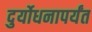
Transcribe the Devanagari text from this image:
दुर्योधनापर्यंत